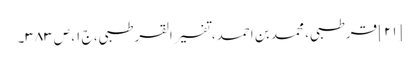
[۲۱] قرطبی، محمد بن احمد، تفسیر القرطبی، ج ۱، ص ۳۸۳۔